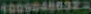
10090486323